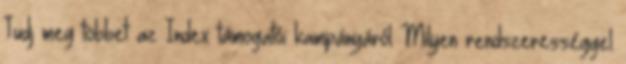
Tudj meg többet az Index támogatói kampányáról Milyen rendszerességgel